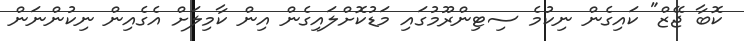
ކޮބާ ޖޭޒް" ކައިގެން ނިކުމެ ސިޓިންރޫމުގައި މަޑުކޮށްލައިގެން އިން ކާމިލަށް އެގެއިން ނިކުންނަން